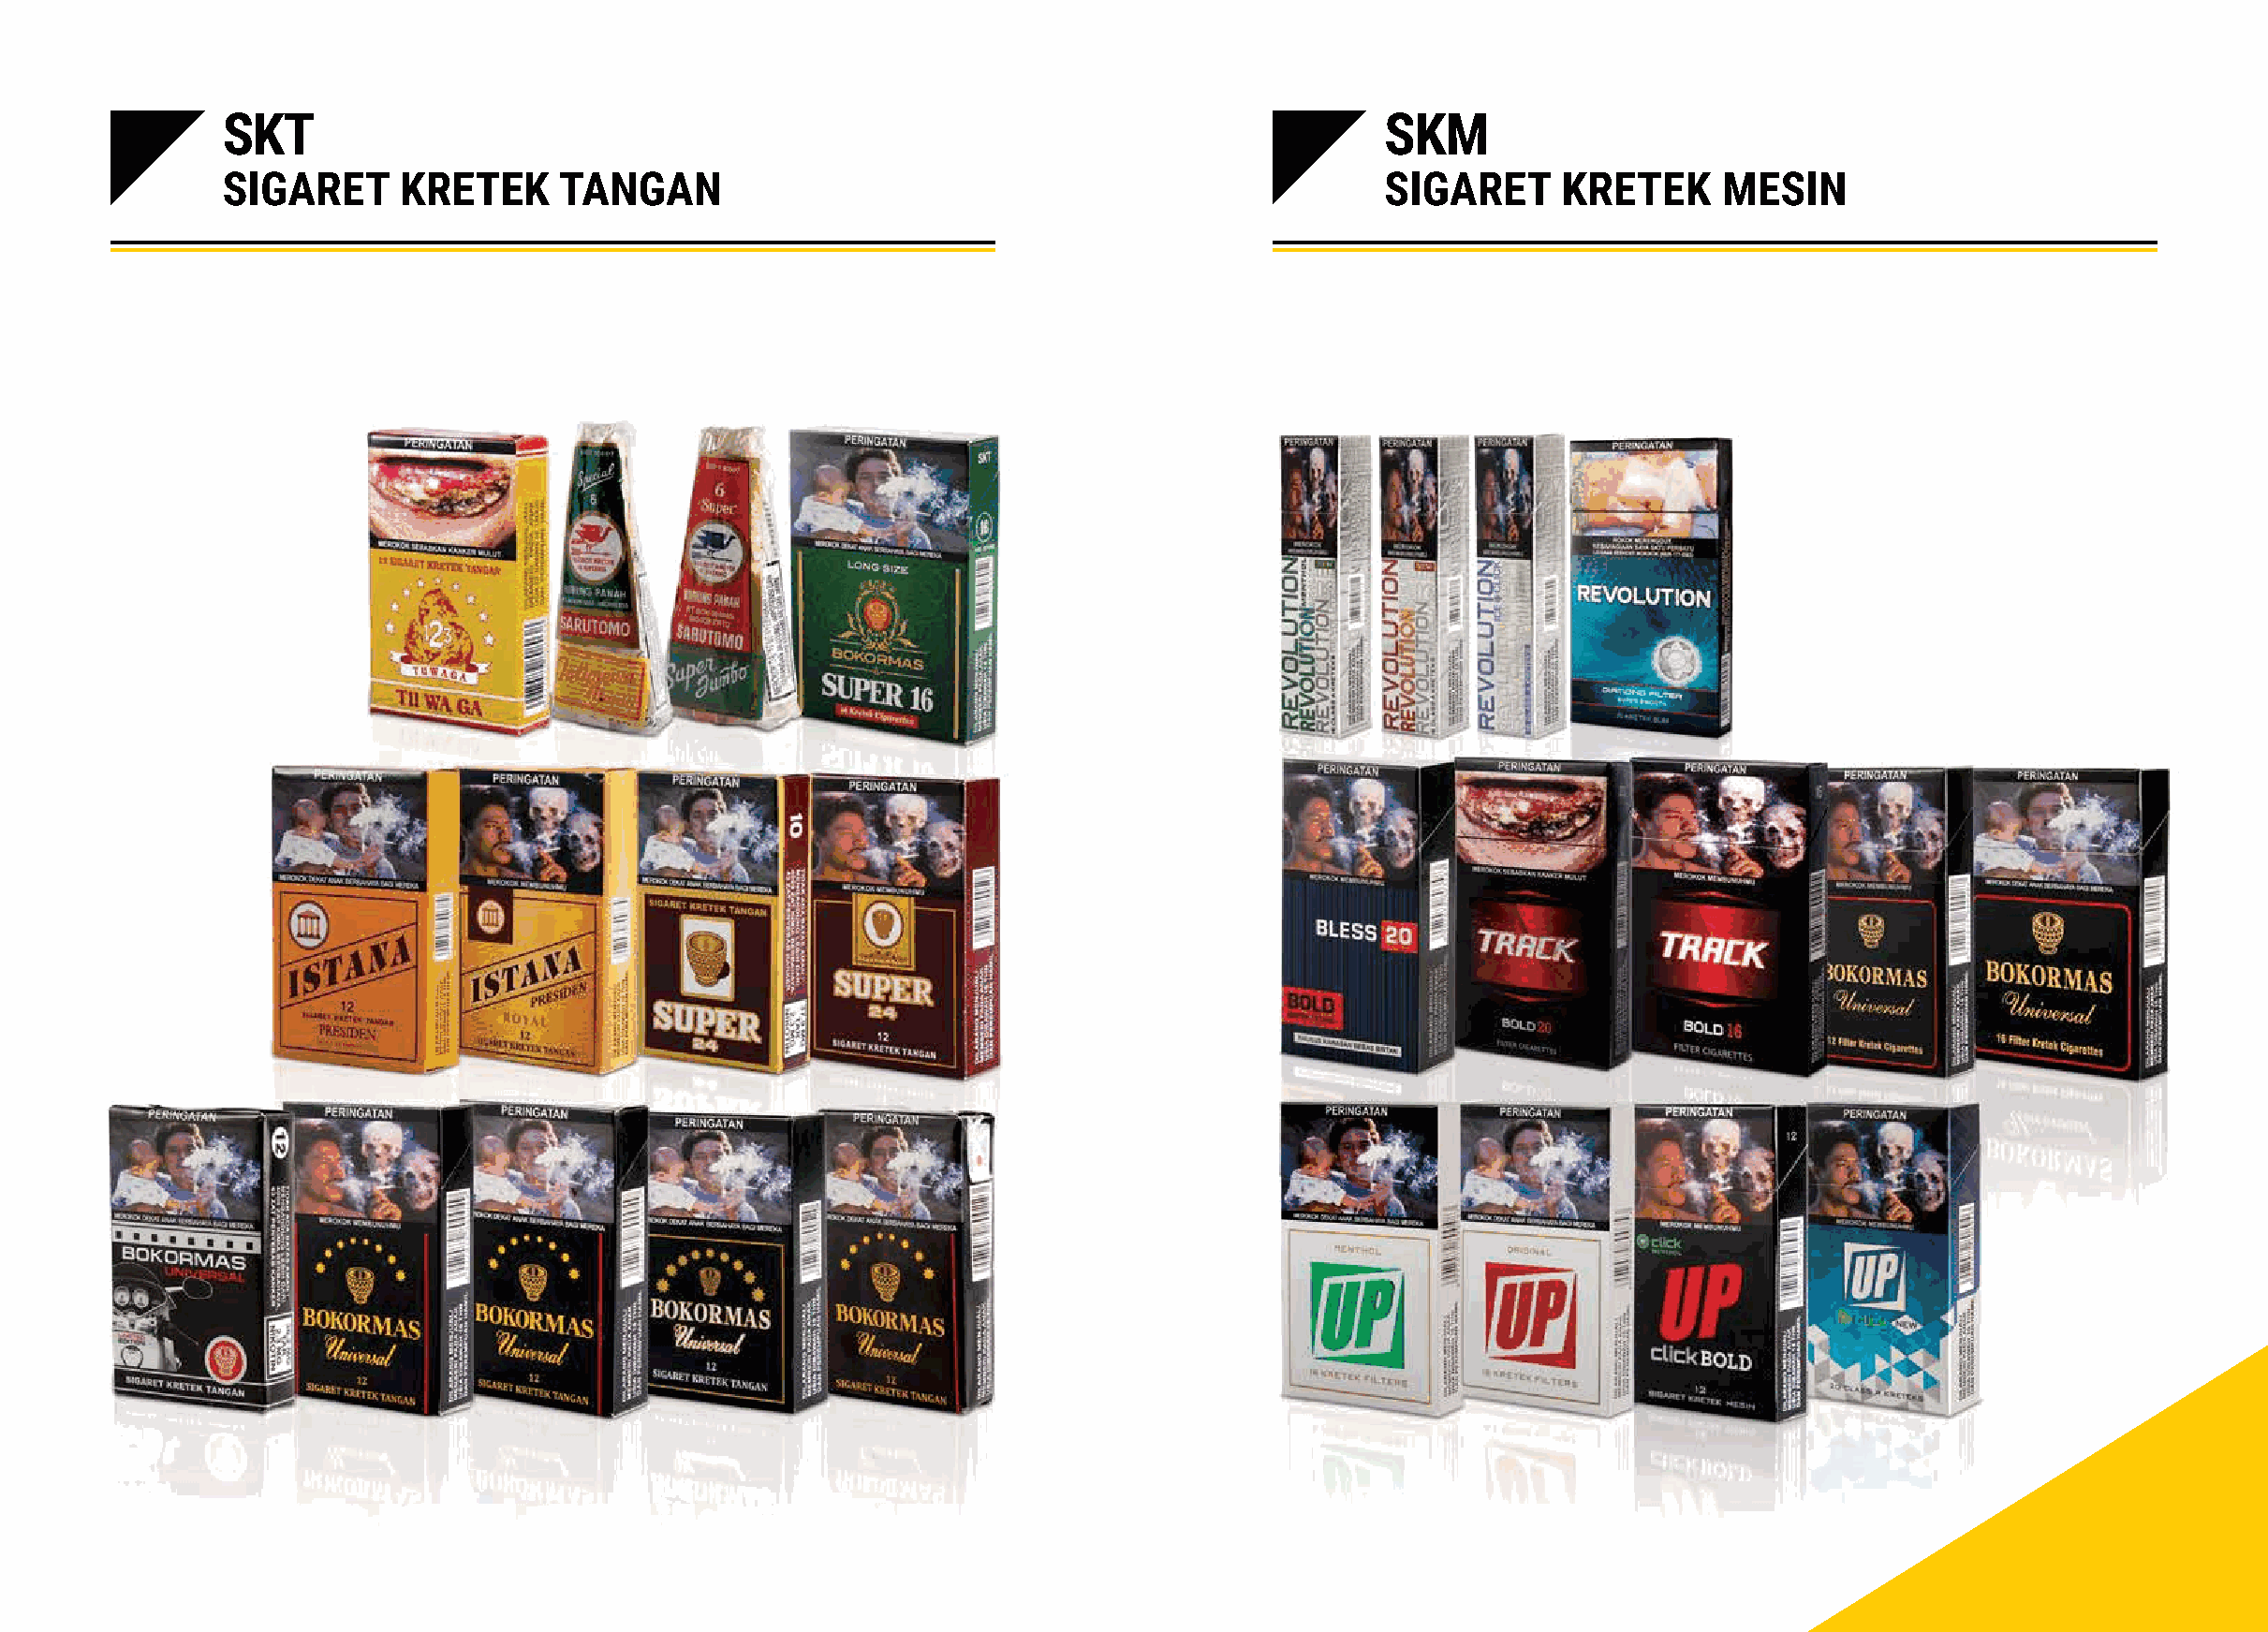
SKT                                                                               SKM
 SIGARET     KRETEK      TANGAN                                                    SIGARET     KRETEK      MESIN